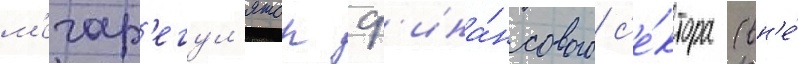
м'егар'егул'ятор ф'ина́нсового с'е́ктора (вн'е́